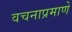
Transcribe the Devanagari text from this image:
वचनाप्रमाणें